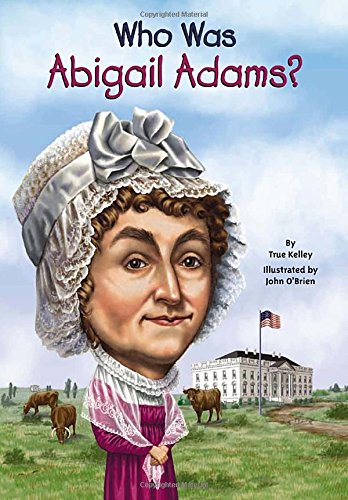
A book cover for Who Was Abigail Adams?; True Kelley; Children's Books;